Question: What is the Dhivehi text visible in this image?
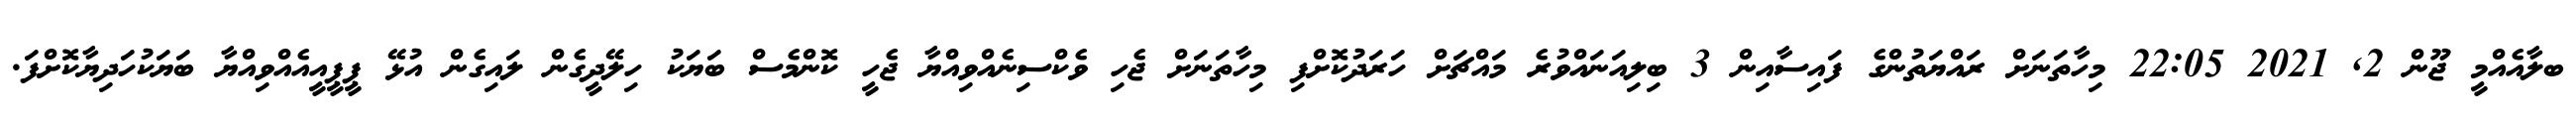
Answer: ބލާއެއްމީ ޖޫން 2, 2021 22:05 މިހާތަނަށް ރައްޔަތުންގެ ފައިސާއިން 3 ބިލިއަނައްވުރެ މައްޗަށް ހަރަދުކޮށްފި މިހާތަނަށް ޖެހި ވެކްސިނެއްވިއްޔާ ޖެހީ ކޮންމެސް ބަޔަކު ހިލޭދީގެން ލައިގެން އުޅޭ ޕީޕީއީއެއްވިއްޔާ ބަޔަކުހަދިޔާކޮށްފަ.